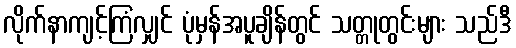
လိုက်နာကျင့်ကြံလျှင် ပုံမှန်အပူချိန်တွင် သတ္တုတွင်းများ သည်ဒီ